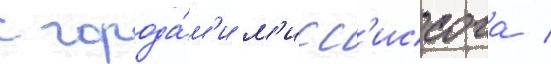
с города́м'и м'исс'иссога /